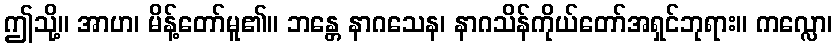
ဤသို့။ အာဟ၊ မိန့်တော်မူ၏။ ဘန္တေ နာဂသေန၊ နာဂသိန်ကိုယ်တော်အရှင်ဘုရား။ ကလ္လော၊